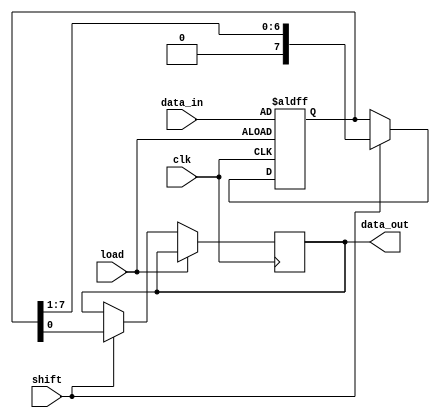
module PISO_Register (
    input wire [7:0] data_in,   // 8-bit parallel data input
    input wire load,            // Asynchronous load control signal (active high)
    input wire shift,           // Shift control signal (active high)
    input wire clk,             // Clock signal
    output reg data_out         // Serial data output
);

    reg [7:0] shift_reg;        // Internal 8-bit shift register

    always @(posedge clk or posedge load) begin
        if (load) begin
            // Load the data into the shift register when load is high
            shift_reg <= data_in;
        end else if (shift) begin
            // Shift the data out on the rising edge of the clock when shift is high
            data_out <= shift_reg[0]; // Output the LSB
            shift_reg <= {1'b0, shift_reg[7:1]}; // Shift left, filling with 0
        end
        // If neither load nor shift is high, retain the current state
    end

endmodule